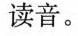
读音。